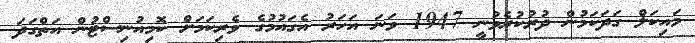
މައިކަލް ގަދަކަމުން ދުރުކުރެވުނީ 1947 ވަނަ އަހަރު އެގައުމުގެ ވެރިކަމަށް ކޮމިއުނިސްޓުން އަތްގަދަ